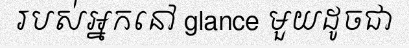
របស់អ្នកនៅ glance មួយដូចជា